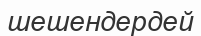
шешендердей